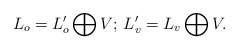
\begin{align*} L_o=L'_o\bigoplus V;\, L'_v=L_v\bigoplus V.\end{align*}